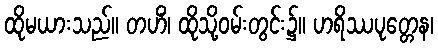
ထိုမယားသည်။ တဟိံ၊ ထိုသို့ဝမ်းတွင်း၌။ ဟရိဿပုတ္တေန၊